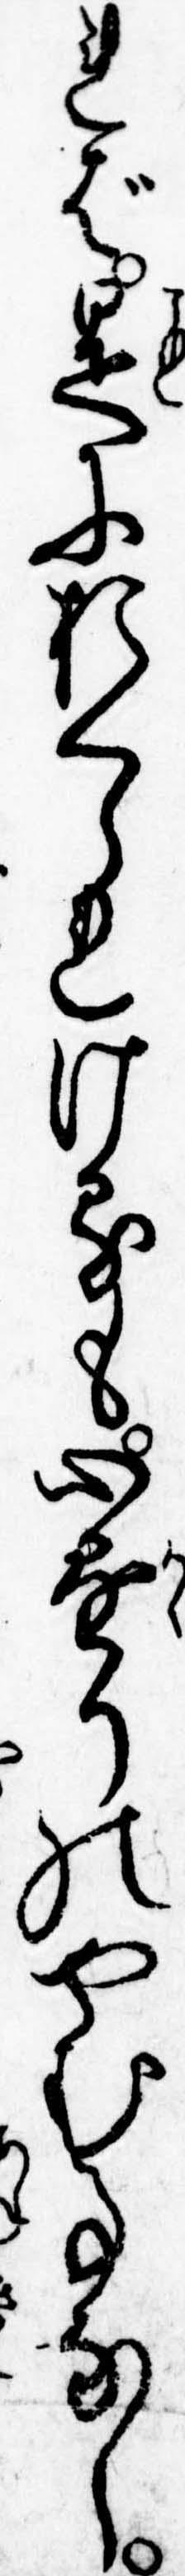
れば是におくらせけるも心懸りのやむ事なし